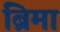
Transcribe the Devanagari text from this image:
ब्रिमा